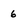
Character: 6